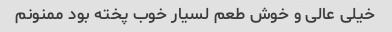
خیلی عالی و خوش طعم لسیار خوب پخته بود ممنونم